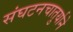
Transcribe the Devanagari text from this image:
संघटनचातुर्याने